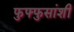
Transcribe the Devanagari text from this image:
फुफ्फुसांशी